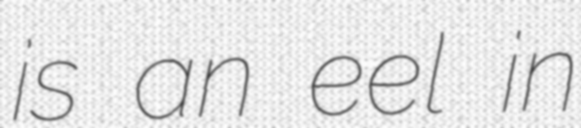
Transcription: is an eel in